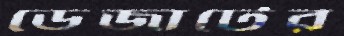
ডেজার্টের